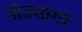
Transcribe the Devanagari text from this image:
पीतसागर